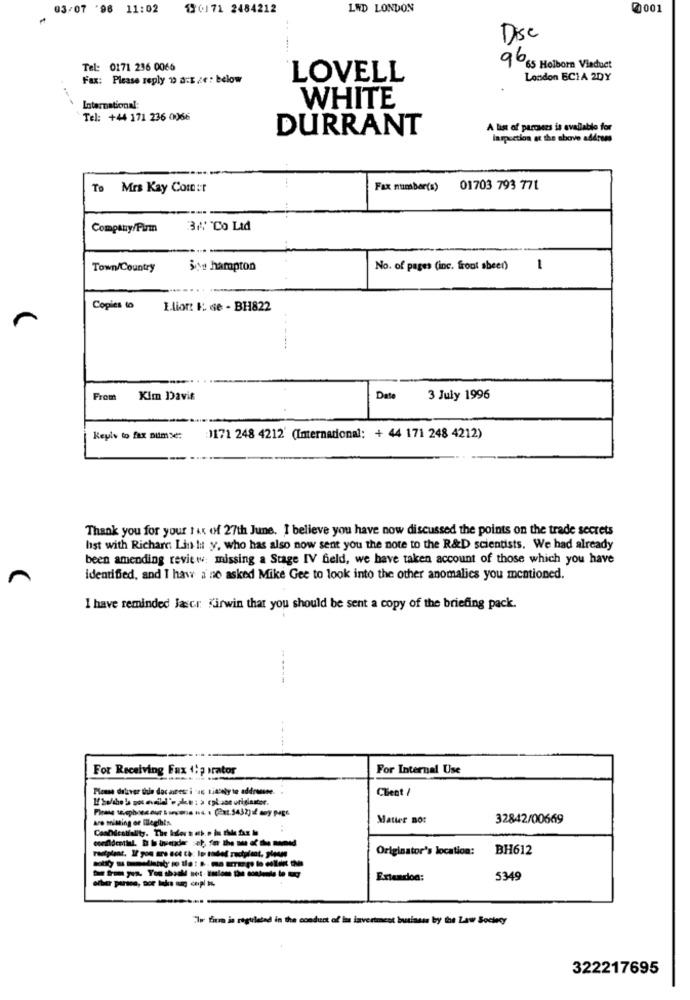
03/07 '96 11:02
130171 2484212
LWD LONDON
0001
Disc
Tel: 0171 236 0066
96 65 Holborn Viaduct
Fax: Please reply 10 a:E.e: below
LOVELL
London ECIA 2DY
International:
WHITE
Tel: +44 171 236 0066
DURRANT
A list of parcaers is available for
laspection at the above address
To Mrs Kay Comer
Fax number(s)
01703 793 771
Company/Firm
34 Co Ltd
Town/Country
$e hampton
No. of pages (inc. froot sheer)
-
Copies to
Ilion: &: de - BH822
From
Kim Davis
Date
3 July 1996
Keyle to fax numse:
1171 248 4212' (Internacional: + 44 171 248 4212)
Thank you for your tax of 27th June. I believe you have now discussed the points on the trade secrets
hst with Richard Lin It y, who has also now sent you the note to the R&D scientists. We had already
been amending review: missing a Stage IV field, we have taken account of those which you have
identified, and I haw a ne asked Mike Gee to look into the other anomalies you mentioned.
I have reminded Jascr Kirwin that you should be sent a copy of the briefing pack.
For Receiving Fax 1; ; orator
For Internal Use
Client /
are missing or Ilegibt's
Matter nos
32842/00669
Originator's location:
BH612
Extendon:
5349
"Im firm is regulated in the conduct of las invertmest business by the Law Society
322217695